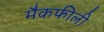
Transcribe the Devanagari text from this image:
मैकफीली